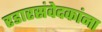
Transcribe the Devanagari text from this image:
रडारसंवेदकांना